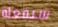
سيفعله